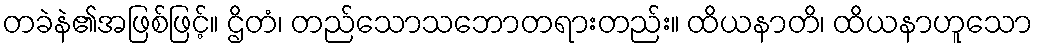
တခဲနဲ၏အဖြစ်ဖြင့်။ ဌိတံ၊ တည်သောသဘောတရားတည်း။ ထိယနာတိ၊ ထိယနာဟူသော